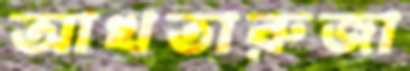
আখতারুজা